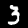
Digit: 3